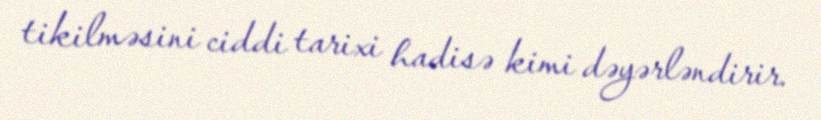
tikilməsini ciddi tarixi hadisə kimi dəyərləndirir.